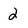
Character: 2